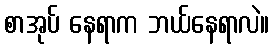
စာအုပ် နေရာက ဘယ်နေရာလဲ။